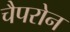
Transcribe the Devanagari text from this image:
चैपरोन